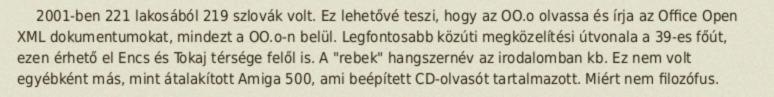
2001-ben 221 lakosából 219 szlovák volt. Ez lehetővé teszi, hogy az OO.o olvassa és írja az Office Open XML dokumentumokat, mindezt a OO.o-n belül. Legfontosabb közúti megközelítési útvonala a 39-es főút, ezen érhető el Encs és Tokaj térsége felől is. A "rebek" hangszernév az irodalomban kb. Ez nem volt egyébként más, mint átalakított Amiga 500, ami beépített CD-olvasót tartalmazott. Miért nem filozófus.